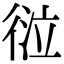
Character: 𢔆